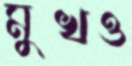
মুখও